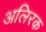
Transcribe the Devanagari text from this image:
अलिरक